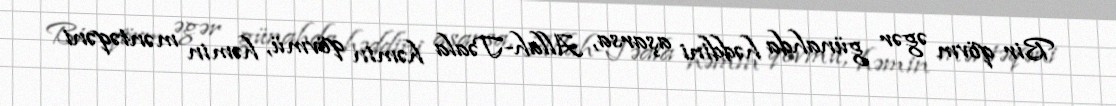
Bir qövm əgər günahda həddini aşarsa, Allah-Təala həmin qövmü, həmin məntəqəni